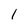
Character: l